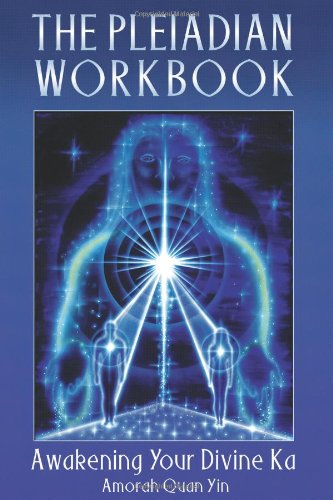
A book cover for The Pleiadian Workbook: Awakening Your Divine Ka; Amorah Quan Yin; Religion & Spirituality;